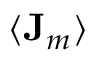
\langle \mathbf { J } _ { m } \rangle